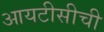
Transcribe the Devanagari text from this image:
आयटीसीची